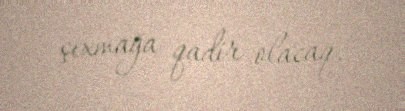
çıxmağa qadir olacaq.